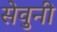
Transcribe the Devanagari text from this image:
सेवुनी